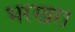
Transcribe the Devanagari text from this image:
भरखरा